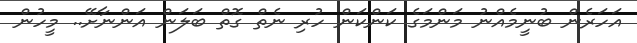
އަހަރެން ބުނީމެއްނު މަންމަގެ ކަންކަން ހުރި ނެތް ގޮތް ބަލަން އަންނާށޭ.. މީހުން